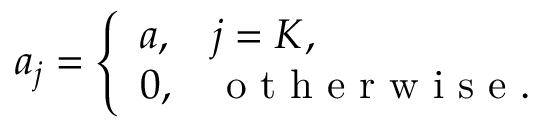
a _ { j } = \left\{ \begin{array} { l l } { a , } & { j = K , } \\ { 0 , } & { \mathrm { ~ o ~ t ~ h ~ e ~ r ~ w ~ i ~ s ~ e ~ . ~ } } \end{array} \right.